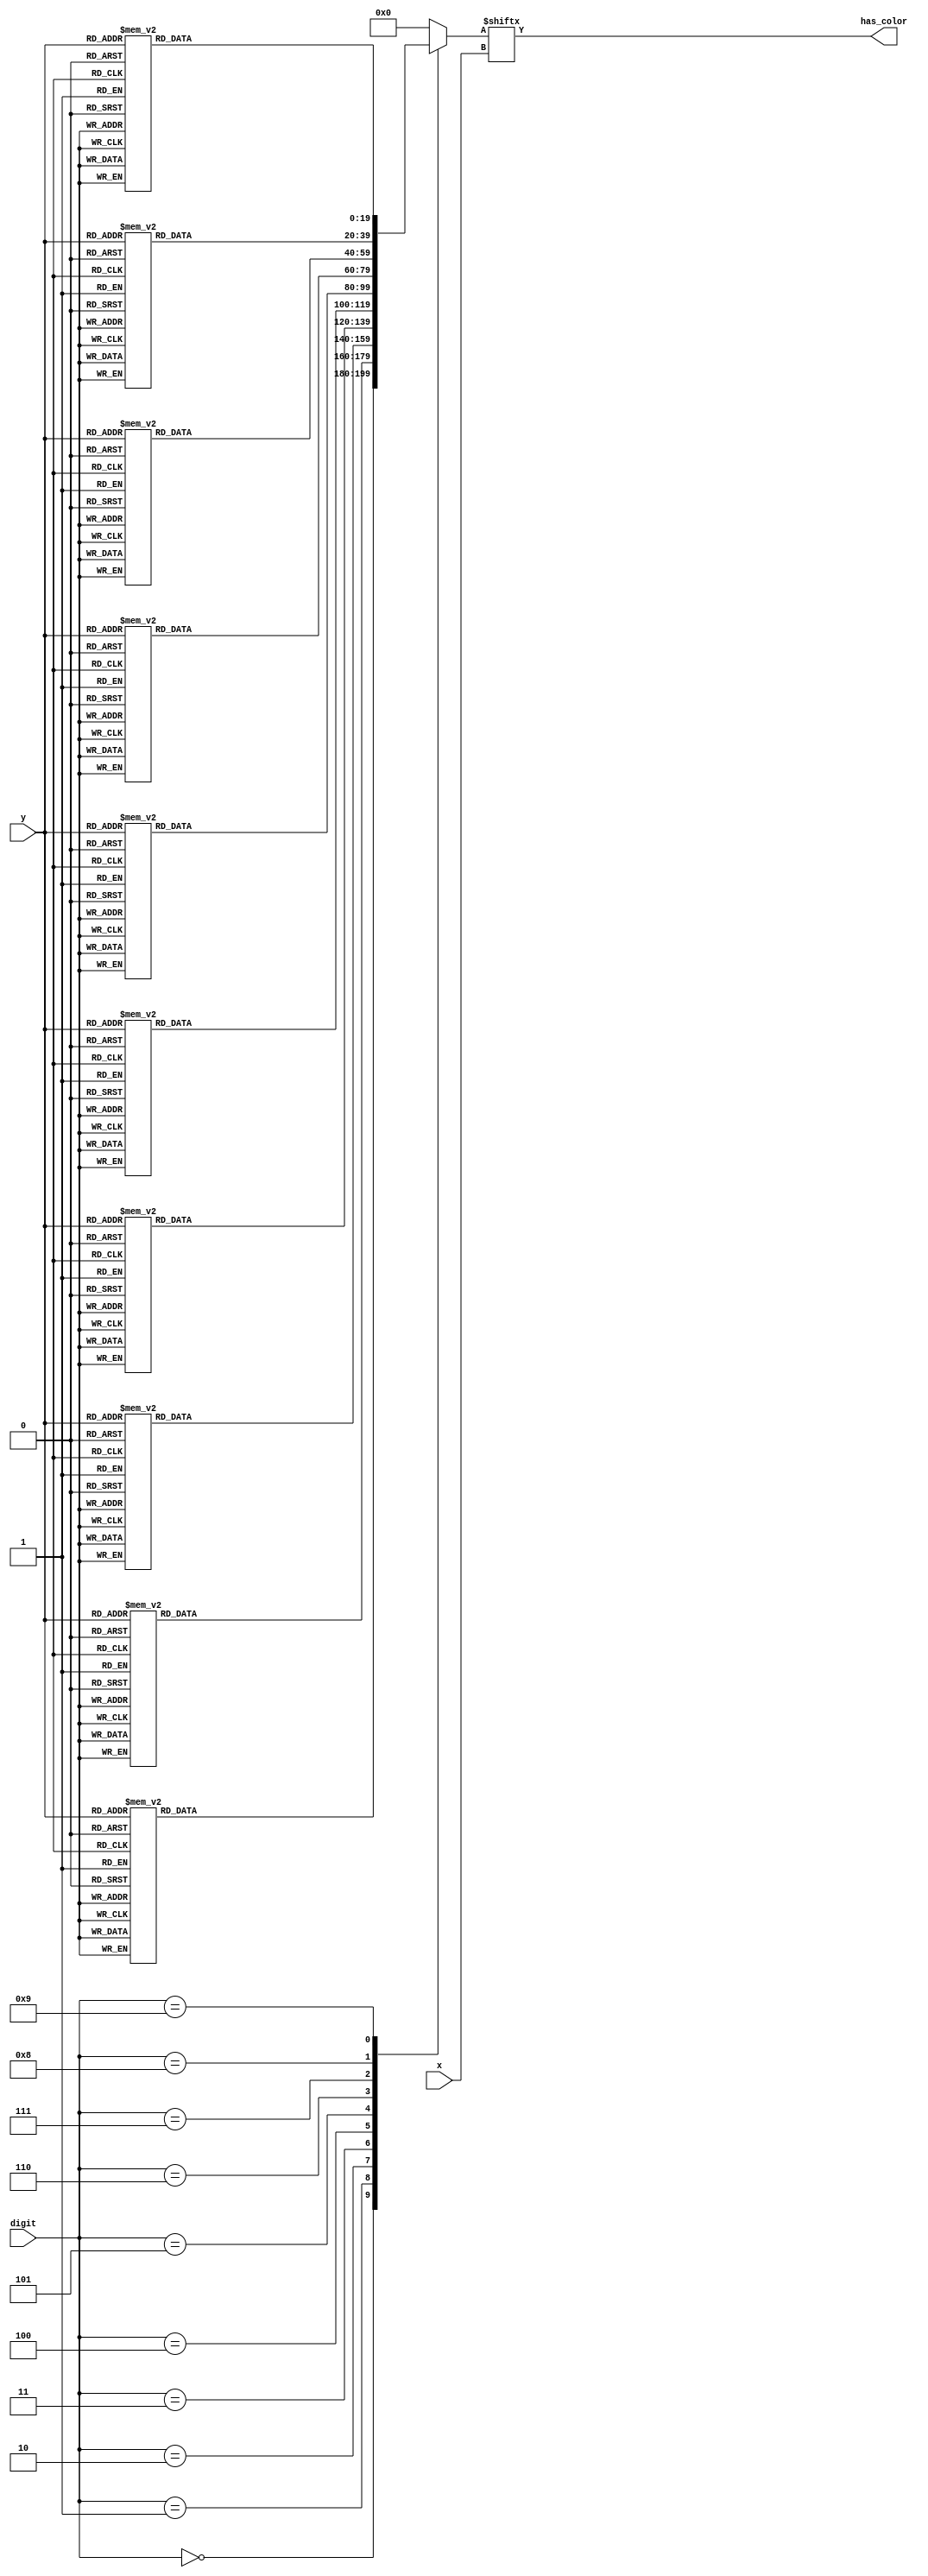
module num_switch (
    input [3:0] digit,
    input [4:0]y,
    input [4:0]x,
    output reg has_color
);
reg [19:0] num_line;
always @(*) begin
        case (digit)
            4'b0000:
            begin
                case (y)
                     0: num_line=20'b00000000000000000000;
                     1: num_line=20'b00000000000000000000;
                     2: num_line=20'b00000000000000000000;
                     3: num_line=20'b00000000000000000000;
                     4: num_line=20'b00000000000000000000;
                     5: num_line=20'b00000000000000000000;
                     6: num_line=20'b00000000000000000000;
                     7: num_line=20'b00000000000000000000;
                     8: num_line=20'b00000000000000000000;
                     9: num_line=20'b00001100000000000000;
                    10: num_line=20'b00011100000000000000;
                    11: num_line=20'b00111111000000000000;
                    12: num_line=20'b01111111000000000000;
                    13: num_line=20'b01111111000000000000;
                    14: num_line=20'b01110111100000000000;
                    15: num_line=20'b11100011100000000000;
                    16: num_line=20'b11100011100000000000;
                    17: num_line=20'b11100011100000000000;
                    18: num_line=20'b11100011100000000000;
                    19: num_line=20'b11100001100000000000;
                    20: num_line=20'b11100001100000000000;
                    21: num_line=20'b11100001100000000000;
                    22: num_line=20'b11100001100000000000;
                    23: num_line=20'b11100001100000000000;
                    24: num_line=20'b11100011100000000000;
                    25: num_line=20'b11100011100000000000;
                    26: num_line=20'b11100011100000000000;
                    27: num_line=20'b11110011100000000000;
                    28: num_line=20'b01110111100000000000;
                    29: num_line=20'b01110111100000000000;
                    30: num_line=20'b01111111000000000000;
                    31: num_line=20'b00111110000000000000;
                    default: num_line=20'b00000000000000000000;
                endcase
            end
            4'b0001: //1
            begin
                case (y)
                     0: num_line=20'b00000000000000000000;
                     1: num_line=20'b00000000000000000000;
                     2: num_line=20'b00000000000000000000;
                     3: num_line=20'b00000000000000000000;
                     4: num_line=20'b00000000000000000000;
                     5: num_line=20'b00000000000000000000;
                     6: num_line=20'b00000000000000000000;
                     7: num_line=20'b00000000000000000000;
                     8: num_line=20'b00000000000000000000;
                     9: num_line=20'b00001100000000000000;
                    10: num_line=20'b00001100000000000000;
                    11: num_line=20'b00011100000000000000;
                    12: num_line=20'b00111100000000000000;
                    13: num_line=20'b00111100000000000000;
                    14: num_line=20'b01111100000000000000;
                    15: num_line=20'b01111100000000000000;
                    16: num_line=20'b01111100000000000000;
                    17: num_line=20'b01111100000000000000;
                    18: num_line=20'b00011100000000000000;
                    19: num_line=20'b00011100000000000000;
                    20: num_line=20'b00011100000000000000;
                    21: num_line=20'b00011100000000000000;
                    22: num_line=20'b00011100000000000000;
                    23: num_line=20'b00011100000000000000;
                    24: num_line=20'b00011100000000000000;
                    25: num_line=20'b00011100000000000000;
                    26: num_line=20'b00011100000000000000;
                    27: num_line=20'b00011100000000000000;
                    28: num_line=20'b00011110000000000000;
                    29: num_line=20'b00011110000000000000;
                    30: num_line=20'b00111111000000000000;
                    31: num_line=20'b00111111000000000000;
                    default: num_line=20'b00000000000000000000;
                endcase
            end
            4'b0010: begin //2
                case (y)
                     0: num_line=20'b00000000000000000000;
                     1: num_line=20'b00000000000000000000;
                     2: num_line=20'b00000000000000000000;
                     3: num_line=20'b00000000000000000000;
                     4: num_line=20'b00000000000000000000;
                     5: num_line=20'b00000000000000000000;
                     6: num_line=20'b00000000000000000000;
                     7: num_line=20'b00000000000000000000;
                     8: num_line=20'b00000000000000000000;
                     9: num_line=20'b00011100000000000000;
                    10: num_line=20'b00011110000000000000;
                    11: num_line=20'b00111111000000000000;
                    12: num_line=20'b01111111100000000000;
                    13: num_line=20'b01111111100000000000;
                    14: num_line=20'b01111111100000000000;
                    15: num_line=20'b11100011100000000000;
                    16: num_line=20'b11100011100000000000;
                    17: num_line=20'b11100011100000000000;
                    18: num_line=20'b00000011100000000000;
                    19: num_line=20'b00000111100000000000;
                    20: num_line=20'b00001111100000000000;
                    21: num_line=20'b00001111000000000000;
                    22: num_line=20'b00001111000000000000;
                    23: num_line=20'b00011110000000000000;
                    24: num_line=20'b00011110000000000000;
                    25: num_line=20'b00111100100000000000;
                    26: num_line=20'b00111000100000000000;
                    27: num_line=20'b01111001100000000000;
                    28: num_line=20'b11111111100000000000;
                    29: num_line=20'b11111111100000000000;
                    30: num_line=20'b11111111100000000000;
                    31: num_line=20'b11111111100000000000;
                    default: num_line=20'b00000000000000000000;
                endcase
            end
            4'b0011:begin
                case (y)
                     0: num_line=20'b00000000000000000000;
                     1: num_line=20'b00000000000000000000;
                     2: num_line=20'b00000000000000000000;
                     3: num_line=20'b00000000000000000000;
                     4: num_line=20'b00000000000000000000;
                     5: num_line=20'b00000000000000000000;
                     6: num_line=20'b00000000000000000000;
                     7: num_line=20'b00000000000000000000;
                     8: num_line=20'b00000000000000000000;
                     9: num_line=20'b00001110000000000000;
                    10: num_line=20'b00001110000000000000;
                    11: num_line=20'b00111111000000000000;
                    12: num_line=20'b01111111000000000000;
                    13: num_line=20'b01111111000000000000;
                    14: num_line=20'b01111111000000000000;
                    15: num_line=20'b01100111000000000000;
                    16: num_line=20'b01100111000000000000;
                    17: num_line=20'b01001111000000000000;
                    18: num_line=20'b00001110000000000000;
                    19: num_line=20'b00011111100000000000;
                    20: num_line=20'b00011111100000000000;
                    21: num_line=20'b00011111100000000000;
                    22: num_line=20'b00011111100000000000;
                    23: num_line=20'b00000011100000000000;
                    24: num_line=20'b00000011100000000000;
                    25: num_line=20'b00000011100000000000;
                    26: num_line=20'b00000011100000000000;
                    27: num_line=20'b00000011100000000000;
                    28: num_line=20'b11110111100000000000;
                    29: num_line=20'b11110111100000000000;
                    30: num_line=20'b11111111000000000000;
                    31: num_line=20'b11111110000000000000;
                    default: num_line=20'b00000000000000000000;
                endcase
            end 
            4'b0100: begin
                case (y)
                     0: num_line=20'b00000000000000000000;
                     1: num_line=20'b00000000000000000000;
                     2: num_line=20'b00000000000000000000;
                     3: num_line=20'b00000000000000000000;
                     4: num_line=20'b00000000000000000000;
                     5: num_line=20'b00000000000000000000;
                     6: num_line=20'b00000000000000000000;
                     7: num_line=20'b00000000000000000000;
                     8: num_line=20'b00000000000000000000;
                     9: num_line=20'b00000011000000000000;
                    10: num_line=20'b00000011000000000000;
                    11: num_line=20'b00000111000000000000;
                    12: num_line=20'b00001111000000000000;
                    13: num_line=20'b00001111000000000000;
                    14: num_line=20'b00001111000000000000;
                    15: num_line=20'b00011111000000000000;
                    16: num_line=20'b00011111000000000000;
                    17: num_line=20'b00111111000000000000;
                    18: num_line=20'b00111111000000000000;
                    19: num_line=20'b00111111000000000000;
                    20: num_line=20'b01110111000000000000;
                    21: num_line=20'b01110111000000000000;
                    22: num_line=20'b11110111000000000000;
                    23: num_line=20'b11111111110000000000;
                    24: num_line=20'b11111111110000000000;
                    25: num_line=20'b11111111110000000000;
                    26: num_line=20'b11111111110000000000;
                    27: num_line=20'b11111111110000000000;
                    28: num_line=20'b00000111000000000000;
                    29: num_line=20'b00000111000000000000;
                    30: num_line=20'b00000111000000000000;
                    31: num_line=20'b00000111000000000000;
                    default: num_line=20'b00000000000000000000;
                endcase
            end
            4'b0101: begin
                case (y)
                     0: num_line=20'b00000000000000000000;
                     1: num_line=20'b00000000000000000000;
                     2: num_line=20'b00000000000000000000;
                     3: num_line=20'b00000000000000000000;
                     4: num_line=20'b00000000000000000000;
                     5: num_line=20'b00000000000000000000;
                     6: num_line=20'b00000000000000000000;
                     7: num_line=20'b00000000000000000000;
                     8: num_line=20'b00000000000000000000;
                     9: num_line=20'b00111111000000000000;
                    10: num_line=20'b00111111000000000000;
                    11: num_line=20'b00111111000000000000;
                    12: num_line=20'b00111111000000000000;
                    13: num_line=20'b00111111000000000000;
                    14: num_line=20'b00111111000000000000;
                    15: num_line=20'b00110000000000000000;
                    16: num_line=20'b00110000000000000000;
                    17: num_line=20'b00111110000000000000;
                    18: num_line=20'b00111110000000000000;
                    19: num_line=20'b00111111000000000000;
                    20: num_line=20'b00111111100000000000;
                    21: num_line=20'b00111111100000000000;
                    22: num_line=20'b00111111100000000000;
                    23: num_line=20'b00000011100000000000;
                    24: num_line=20'b00000011100000000000;
                    25: num_line=20'b00000011100000000000;
                    26: num_line=20'b00000011100000000000;
                    27: num_line=20'b00000011100000000000;
                    28: num_line=20'b01110111100000000000;
                    29: num_line=20'b01110111100000000000;
                    30: num_line=20'b01111111000000000000;
                    31: num_line=20'b01111111000000000000;
                    default: num_line=20'b00000000000000000000;
                endcase
            end
            4'b0110:begin
                case (y)
                     0: num_line=20'b00000000000000000000;
                     1: num_line=20'b00000000000000000000;
                     2: num_line=20'b00000000000000000000;
                     3: num_line=20'b00000000000000000000;
                     4: num_line=20'b00000000000000000000;
                     5: num_line=20'b00000000000000000000;
                     6: num_line=20'b00000000000000000000;
                     7: num_line=20'b00000000000000000000;
                     8: num_line=20'b00000000000000000000;
                     9: num_line=20'b00000001000000000000;
                    10: num_line=20'b00000011000000000000;
                    11: num_line=20'b00001111000000000000;
                    12: num_line=20'b00011111000000000000;
                    13: num_line=20'b00011111000000000000;
                    14: num_line=20'b00111110000000000000;
                    15: num_line=20'b00111100000000000000;
                    16: num_line=20'b01111100000000000000;
                    17: num_line=20'b01111000000000000000;
                    18: num_line=20'b01110000000000000000;
                    19: num_line=20'b01111111000000000000;
                    20: num_line=20'b11111111100000000000;
                    21: num_line=20'b11111111100000000000;
                    22: num_line=20'b11101111100000000000;
                    23: num_line=20'b11100011100000000000;
                    24: num_line=20'b11100011100000000000;
                    25: num_line=20'b11100011100000000000;
                    26: num_line=20'b11100011100000000000;
                    27: num_line=20'b11110011100000000000;
                    28: num_line=20'b01110111100000000000;
                    29: num_line=20'b01110111100000000000;
                    30: num_line=20'b01111111100000000000;
                    31: num_line=20'b00111111000000000000;
                    default: num_line=20'b00000000000000000000;
                endcase
            end 
            4'b0111: begin
                case (y)
                     0: num_line=20'b00000000000000000000;
                     1: num_line=20'b00000000000000000000;
                     2: num_line=20'b00000000000000000000;
                     3: num_line=20'b00000000000000000000;
                     4: num_line=20'b00000000000000000000;
                     5: num_line=20'b00000000000000000000;
                     6: num_line=20'b00000000000000000000;
                     7: num_line=20'b00000000000000000000;
                     8: num_line=20'b00000000000000000000;
                     9: num_line=20'b01111111100000000000;
                    10: num_line=20'b11111111100000000000;
                    11: num_line=20'b11111111100000000000;
                    12: num_line=20'b11111111100000000000;
                    13: num_line=20'b11111111100000000000;
                    14: num_line=20'b11111111100000000000;
                    15: num_line=20'b11000011100000000000;
                    16: num_line=20'b11000011100000000000;
                    17: num_line=20'b00000111000000000000;
                    18: num_line=20'b00000111000000000000;
                    19: num_line=20'b00000111000000000000;
                    20: num_line=20'b00000110000000000000;
                    21: num_line=20'b00000110000000000000;
                    22: num_line=20'b00001110000000000000;
                    23: num_line=20'b00001110000000000000;
                    24: num_line=20'b00001110000000000000;
                    25: num_line=20'b00001100000000000000;
                    26: num_line=20'b00001100000000000000;
                    27: num_line=20'b00011100000000000000;
                    28: num_line=20'b00011100000000000000;
                    29: num_line=20'b00011100000000000000;
                    30: num_line=20'b00011000000000000000;
                    31: num_line=20'b00011000000000000000;
                    default: num_line=20'b00000000000000000000;
                endcase
            end
            4'b1000: begin
                case (y)
                     0: num_line=20'b00000000000000000000;
                     1: num_line=20'b00000000000000000000;
                     2: num_line=20'b00000000000000000000;
                     3: num_line=20'b00000000000000000000;
                     4: num_line=20'b00000000000000000000;
                     5: num_line=20'b00000000000000000000;
                     6: num_line=20'b00000000000000000000;
                     7: num_line=20'b00000000000000000000;
                     8: num_line=20'b00000000000000000000;
                     9: num_line=20'b00011110000000000000;
                    10: num_line=20'b00011110000000000000;
                    11: num_line=20'b00111111000000000000;
                    12: num_line=20'b01111111100000000000;
                    13: num_line=20'b01111111100000000000;
                    14: num_line=20'b01110011100000000000;
                    15: num_line=20'b01110011100000000000;
                    16: num_line=20'b01110011100000000000;
                    17: num_line=20'b01111111100000000000;
                    18: num_line=20'b01111111100000000000;
                    19: num_line=20'b01111111100000000000;
                    20: num_line=20'b01111111000000000000;
                    21: num_line=20'b00111111100000000000;
                    22: num_line=20'b01111111100000000000;
                    23: num_line=20'b01111111100000000000;
                    24: num_line=20'b01111111100000000000;
                    25: num_line=20'b01110011100000000000;
                    26: num_line=20'b01100001100000000000;
                    27: num_line=20'b01110011100000000000;
                    28: num_line=20'b01111111100000000000;
                    29: num_line=20'b01111111100000000000;
                    30: num_line=20'b01111111100000000000;
                    31: num_line=20'b00111111000000000000;
                    default: num_line=20'b00000000000000000000;
                endcase
            end
            4'b1001: begin
                case (y)
                     0: num_line=20'b00000000000000000000;
                     1: num_line=20'b00000000000000000000;
                     2: num_line=20'b00000000000000000000;
                     3: num_line=20'b00000000000000000000;
                     4: num_line=20'b00000000000000000000;
                     5: num_line=20'b00000000000000000000;
                     6: num_line=20'b00000000000000000000;
                     7: num_line=20'b00000000000000000000;
                     8: num_line=20'b00000000000000000000;
                     9: num_line=20'b00011100000000000000;
                    10: num_line=20'b00011100000000000000;
                    11: num_line=20'b01111111000000000000;
                    12: num_line=20'b01111111000000000000;
                    13: num_line=20'b01111111000000000000;
                    14: num_line=20'b11110111100000000000;
                    15: num_line=20'b11100011100000000000;
                    16: num_line=20'b11100011100000000000;
                    17: num_line=20'b11100011100000000000;
                    18: num_line=20'b11100011100000000000;
                    19: num_line=20'b11110011100000000000;
                    20: num_line=20'b11111111100000000000;
                    21: num_line=20'b11111111100000000000;
                    22: num_line=20'b01111111100000000000;
                    23: num_line=20'b01111111100000000000;
                    24: num_line=20'b00111111100000000000;
                    25: num_line=20'b00000111100000000000;
                    26: num_line=20'b00000111000000000000;
                    27: num_line=20'b00001111000000000000;
                    28: num_line=20'b00111110000000000000;
                    29: num_line=20'b00111110000000000000;
                    30: num_line=20'b01111100000000000000;
                    31: num_line=20'b01111000000000000000;
                    default: num_line=20'b00000000000000000000;
                endcase
            end
            default: num_line=20'b00000000000000000000;
        endcase
    end
    always @(*) begin
        has_color = num_line[x];
    end
endmodule